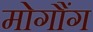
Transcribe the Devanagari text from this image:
मोगौंग